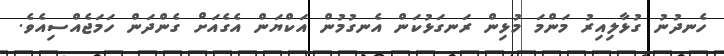
ހެނދުނު ގުޅާލިއިރު މަންމަ މުޅިން ރަނގަޅުކަން އެނގުމުން އަކްޔަން އެގެއަށް ގެންދަން ހަމަޖެއްސިއެވެ.